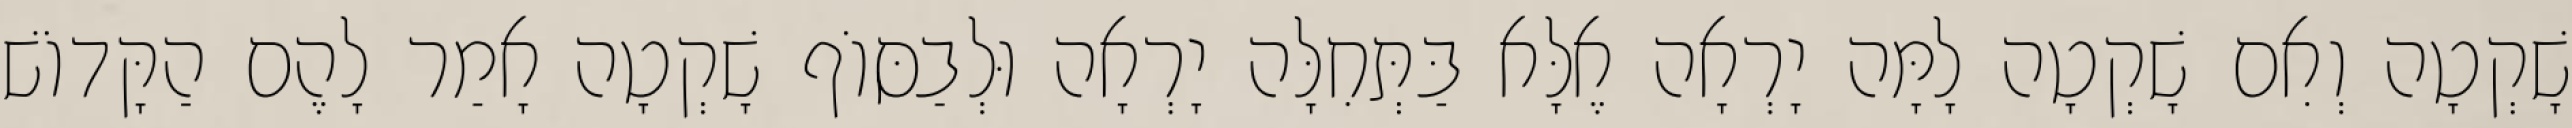
שָׁקְטָה וְאִם שָׁקְטָה לָמָּה יָרְאָה אֶלָּא בַּתְּחִלָּה יָרְאָה וּלְבַסּוֹף שָׁקְטָה אָמַר לָהֶם הַקָּדוֹשׁ